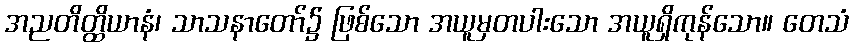
အညတိတ္ထိယာနံ၊ သာသနာတော်၌ ဖြစ်သော အယူမှတပါးသော အယူရှိကုန်သော။ တေသံ